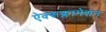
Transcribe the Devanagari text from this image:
ऐक्सक्लामेशन